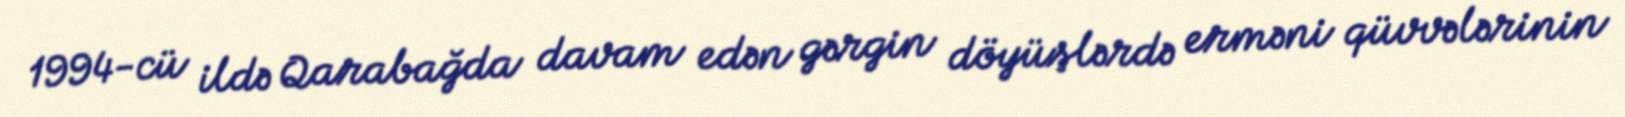
1994-cü ildə Qarabağda davam edən gərgin döyüşlərdə erməni qüvvələrinin